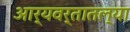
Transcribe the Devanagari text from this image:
आर्यवर्तातल्या